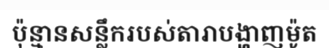
ប៉ុន្មានសន្លឹករបស់តារាបង្ហាញម៉ូត